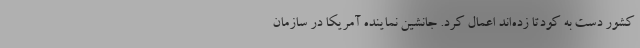
کشور دست به کودتا زده‌اند اعمال کرد. جانشین نماینده آمریکا در سازمان